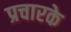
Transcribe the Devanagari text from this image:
प्रचारके